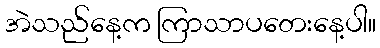
အဲသည်နေ့က ကြာသာပတေးနေ့ပါ။